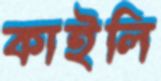
কাইলি